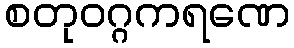
စတုဝဂ္ဂကရဏေ